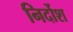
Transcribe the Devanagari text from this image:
निर्दोश